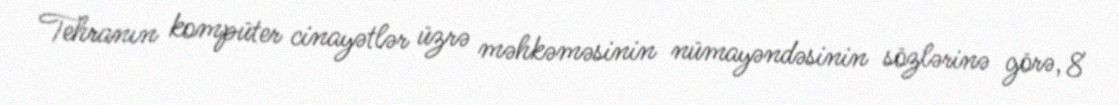
Tehranın kompüter cinayətlər üzrə məhkəməsinin nümayəndəsinin sözlərinə görə, 8